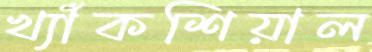
খ্যাঁকশিয়াল